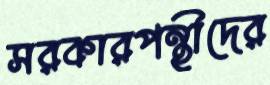
সরকারপন্থীদের